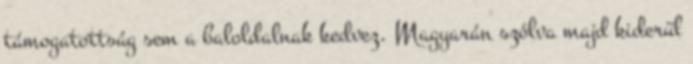
támogatottság sem a baloldalnak kedvez. Magyarán szólva majd kiderül